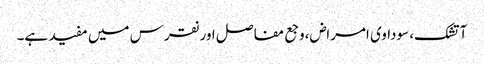
آتشک، سوداوی امراض،وجع مفاصل اور نقرس میں مفید ہے۔